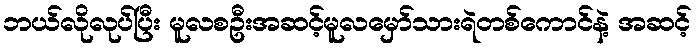
ဘယ်လိုလုပ်ပြီး မူလစဦးအဆင့်မူလမှော်သားရဲတစ်ကောင်နဲ့ အဆင့်